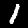
Label: 1